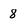
Character: 8